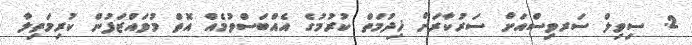
2. ސިވިލް ސަރވިސްއަށް ސަރުކާރަށް ޚިދުމަތް ކުރުމުގެ އެއްބަސްވުމެއް އޮތް މުވައްޒަފުން ކުރިމަތިލާ